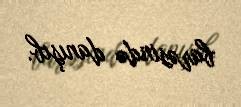
barəsində danışıb.